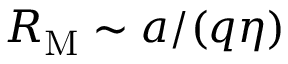
R _ { \mathrm { M } } \sim a / ( q \eta )